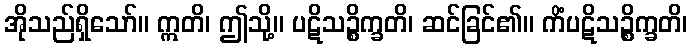
အိုသည်ရှိသော်။ ဣတိ၊ ဤသို့။ ပဋိသဉ္စိက္ခတိ၊ ဆင်ခြင်၏။ ကိံပဋိသဉ္စိက္ခတိ၊